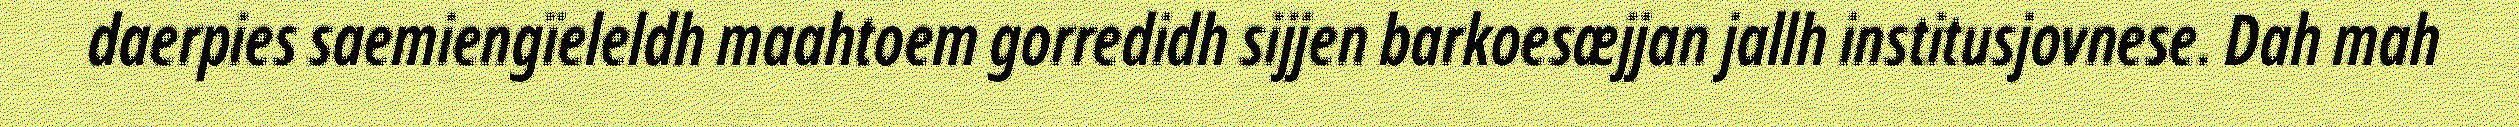
daerpies saemiengïeleldh maahtoem gorredidh sijjen barkoesæjjan jallh institusjovnese. Dah mah